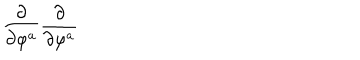
LaTeX: \frac \partial { \partial \varphi ^ { a } } \frac \partial { \partial \varphi ^ { a } }